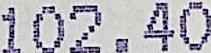
102.40